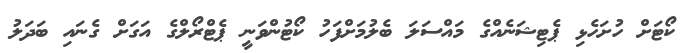
ކޯޓަށް ހުށަހެޅި ޕެޓިޝަނެއްގެ މައްސަލަ ބެލުމަށްފަހު ކޯޓުންވަނީ ޕެޓްރޯލްގެ އަގަށް ގެނައި ބަދަލު